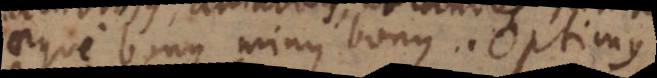
aeque bonus, minus bonus. Optimus,